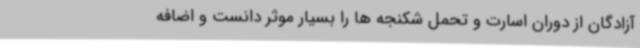
آزادگان از دوران اسارت و تحمل شکنجه ها را بسیار موثر دانست و اضافه